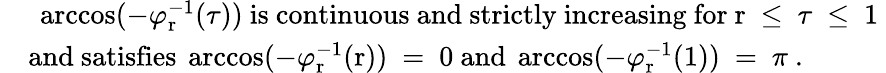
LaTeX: \begin{array}{rl}&{\mathrm{~\operatorname{arccos}(-\varphi_r^{-1}(\tau))~is~continuous~and~strictly~increasing~for~r~\le~\tau~\le~1~}}\\ &{\mathrm{and~satisfies~\operatorname{arccos}(-\varphi_r^{-1}(r))~=~0~and~\operatorname{arccos}(-\varphi_r^{-1}(1))~=~\pi~.}}\end{array}